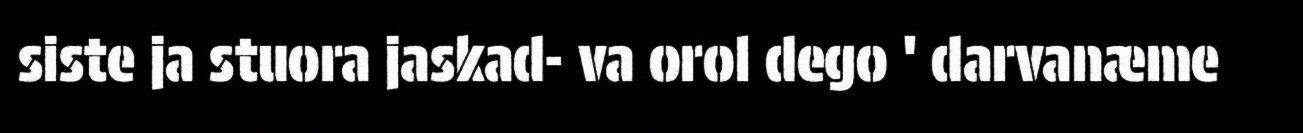
siste ja stuora jaskad- va orol dego ' darvanæme